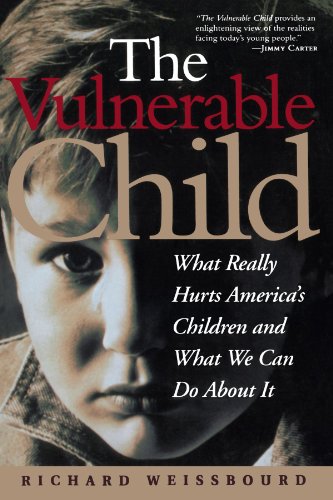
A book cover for The Vulnerable Child: What Really Hurts America's Children And What We Can Do About It; Richard Weissbourd; Law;